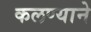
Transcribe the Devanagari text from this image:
कलण्याने